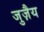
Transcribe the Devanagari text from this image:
जुज़ैय